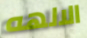
الالهه